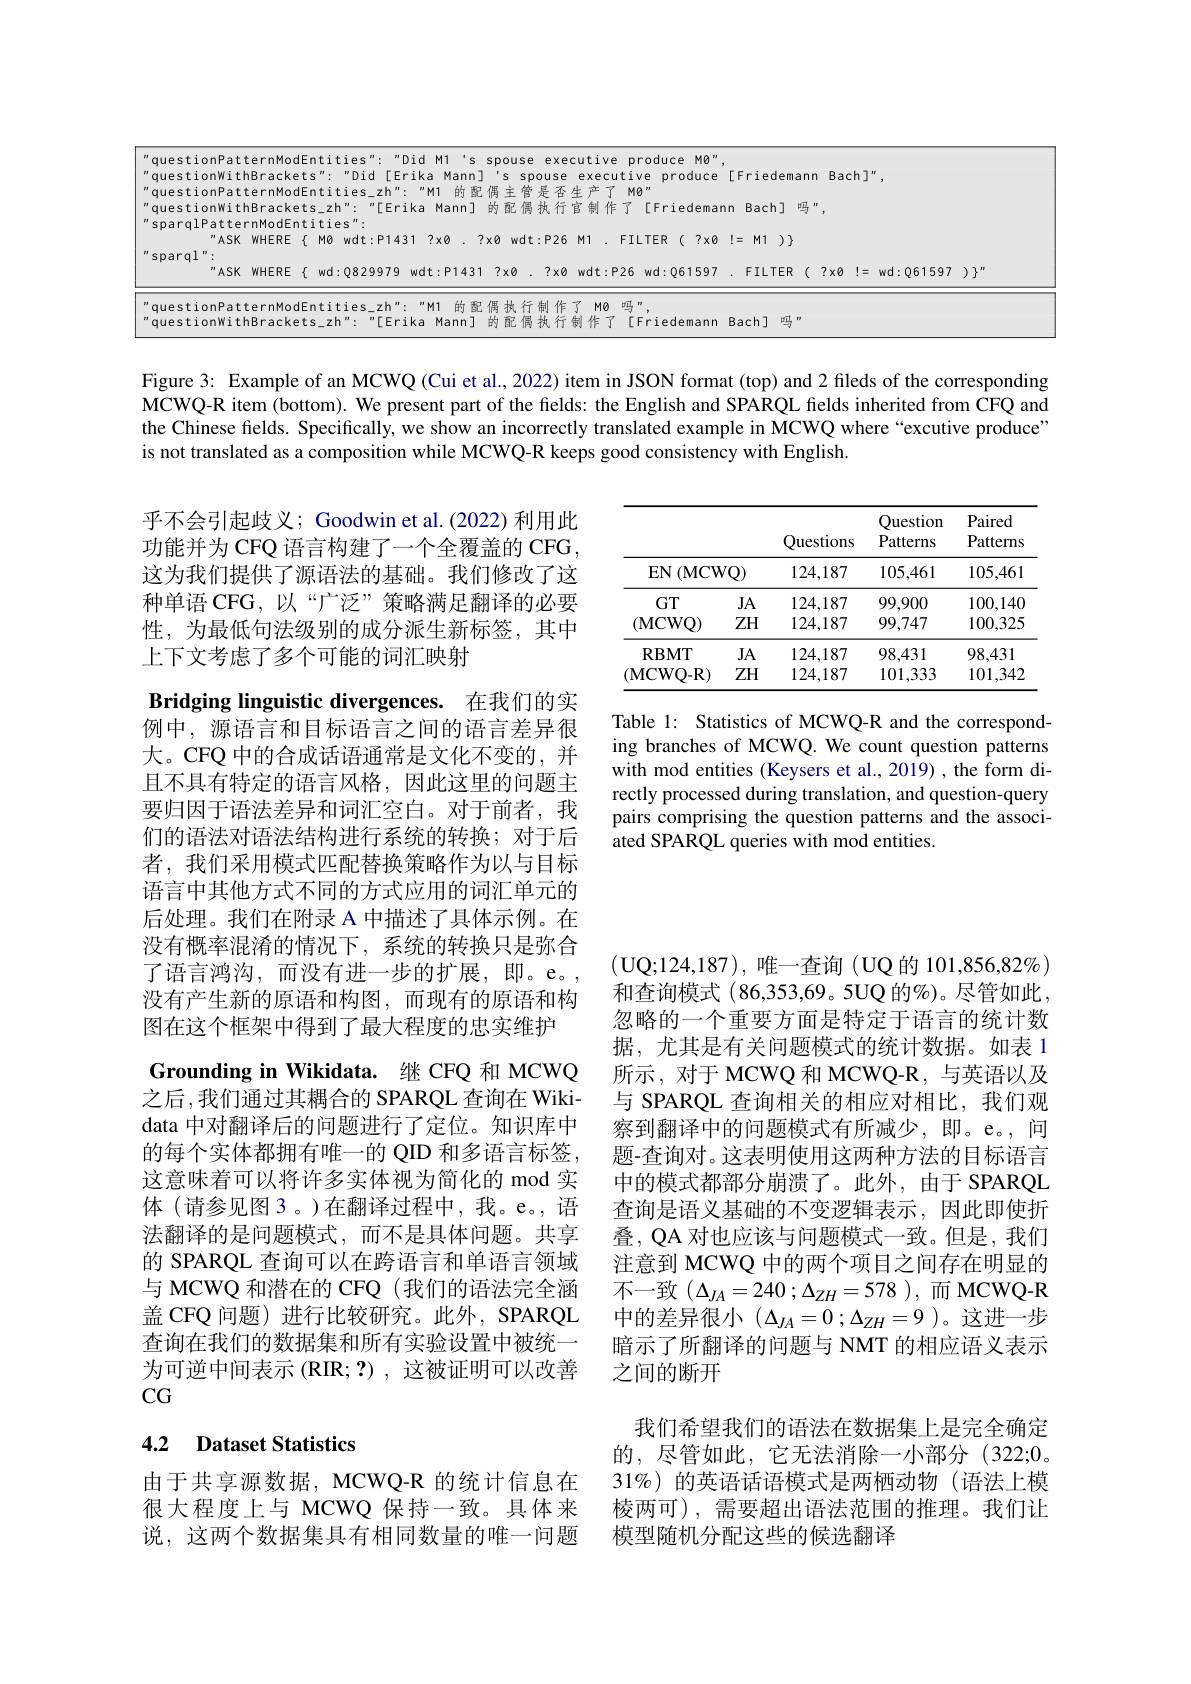
<table>
	<tbody>
		<tr>
			<td>questionPat</td>
			<td> </td>
			<td> </td>
			<td> </td>
			<td> </td>
		</tr>
		<tr>
			<td>que H 5 T</td>
			<td> </td>
			<td> </td>
			<td> </td>
			<td> </td>
		</tr>
		<tr>
			<td>questionWit</td>
			<td>Bac $in$</td>
			<td>吗 J</td>
			<td>1</td>
			<td> </td>
		</tr>
		<tr>
			<td>$“ASK$</td>
			<td>!= $M11$</td>
			<td>) 7 1 $\frac{1}{2}=\frac{1}{2}=\frac{1}{2}$</td>
			<td> </td>
			<td> </td>
		</tr>
		<tr>
			<td>sparql</td>
			<td> </td>
			<td>T</td>
			<td> </td>
			<td> </td>
		</tr>
		<tr>
			<td>$“ASK$</td>
			<td>$FIL$</td>
			<td>$\equiv R$ (</td>
			<td>$?\times0$</td>
			<td>$d:Q61597)\}^{\prime\prime}$</td>
		</tr>
		<tr>
			<td>questionPat auestionwit</td>
			<td>Bach</td>
			<td>吗 17</td>
			<td> </td>
			<td> </td>
		</tr>
	</tbody>
</table>

Figure 3: Example of an MCWQ (Cui et al., 2022) item in JSON format (top) and 2 fileds of the corresponding MCWQ-R item (bottom). We present part of the fields: the English and SPARQL fields inherited from CFQ and the Chinese fields. Specifically, we show an incorrectly translated example in MCWQ where “excutive produce" is not translated as a composition while MCWQ-R keeps good consistency with English.

乎不会引起歧义；Goodwin et al.(2022) 利用此功能并为 CFQ 语言构建了一个全覆盖的 CFG, 这为我们提供了源语法的基础。我们修改了这种单语 CFG, 以“广泛”策略满足翻译的必要性，为最低句法级别的成分派生新标签，其中上下文考虑了多个可能的词汇映射

<table>
	<tbody>
		<tr>
			<th> </th>
			<th> </th>
			<th>Questions</th>
			<th>Question Patterns</th>
			<th>Paired Patterns</th>
		</tr>
		<tr>
			<td>$EN$ ( MCW</td>
			<td>$IQ)$</td>
			<td>124,187</td>
			<td>105,461</td>
			<td>105,461</td>
		</tr>
		<tr>
			<td>$GT$</td>
			<td>JA</td>
			<td>124,187</td>
			<td>99,900</td>
			<td>100,14C</td>
		</tr>
		<tr>
			<td>(MCWQ)</td>
			<td>$ZH$</td>
			<td>124,187</td>
			<td>99,747</td>
			<td>100,325</td>
		</tr>
		<tr>
			<td>$\mathbf{RBMT}$</td>
			<td>JA</td>
			<td>124,187</td>
			<td>98,431</td>
			<td>98,431</td>
		</tr>
		<tr>
			<td>(MCWQ- R)</td>
			<td>$ZH$</td>
			<td>124,187</td>
			<td>101,333</td>
			<td>101,342</td>
		</tr>
	</tbody>
</table>

Bridging linguistic divergences. 在我们的实

Table 1: Statistics of MCWQ-R and the corresponding branches of MCWQ. We count question patterns with mod entities (Keysers et al., 2019) , the form directly processed during translation, and question-query pairs comprising the question patterns and the associated SPARQL queries with mod entities.

例中，源语言和目标语言之间的语言差异很大。CFQ 中的合成话语通常是文化不变的，并且不具有特定的语言风格，因此这里的问题主要归因于语法差异和词汇空白。对于前者，我们的语法对语法结构进行系统的转换；对于后者，我们采用模式匹配替换策略作为以与目标语言中其他方式不同的方式应用的词汇单元的后处理。我们在附录 A 中描述了具体示例。在没有概率混淆的情况下，系统的转换只是弥合了语言鸿沟，而没有进一步的扩展，即。e。, 没有产生新的原语和构图，而现有的原语和构图在这个框架中得到了最大程度的忠实维护
Grounding in Wikidata. 继 CFQ 和 MCWQ 之后，我们通过其耦合的 SPARQL 查询在 Wikidata 中对翻译后的问题进行了定位。知识库中的每个实体都拥有唯一的 QID 和多语言标签， 这意味着可以将许多实体视为简化的 mod 实体(请参见图3。)在翻译过程中，我。e。语法翻译的是问题模式，而不是具体问题。共享的 SPARQL 查询可以在跨语言和单语言领域与 MCWQ 和潜在的 CFQ (我们的语法完全涵盖 CFQ 问题) 进行比较研究。此外，SPARQL 查询在我们的数据集和所有实验设置中被统一为可逆中间表示(RIR;?),这被证明可以改善$CG$

(UQ;124,187),唯一查询(UQ的 101,856,82%) 和查询模式 (86,353,69。5UQ 的%)。尽管如此， 忽略的一个重要方面是特定于语言的统计数据，尤其是有关问题模式的统计数据。如表 1所示，对于MCWQ 和 MCWQ-R, 与英语以及与 SPARQL 查询相关的相应对相比，我们观察到翻译中的问题模式有所减少，即。e。,问题-查询对。这表明使用这两种方法的目标语言中的模式都部分崩溃了。此外，由于 SPARQL 查询是语义基础的不变逻辑表示，因此即使折叠，QA 对也应该与问题模式一致。但是，我们注意到 MCWQ 中的两个项目之间存在明显的不一致($\Delta_JA=240$;$\Delta_ZH=578$),而MCWQ-R 中的差异很小($\Delta_JA=0;\Delta_{ZH}=9$)。这进一步暗示了所翻译的问题与 NMT 的相应语义表示之间的断开

## 4.2 Dataset Statistics

我们希望我们的语法在数据集上是完全确定的，尽管如此，它无法消除一小部分(322;0. 31%)的英语话语模式是两栖动物(语法上模棱两可),需要超出语法范围的推理。我们让模型随机分配这些的候选翻译

由于共享源数据，MCWQ-R 的统计信息在很大程度上与 MCWQ 保持一致。具体来说，这两个数据集具有相同数量的唯一问题